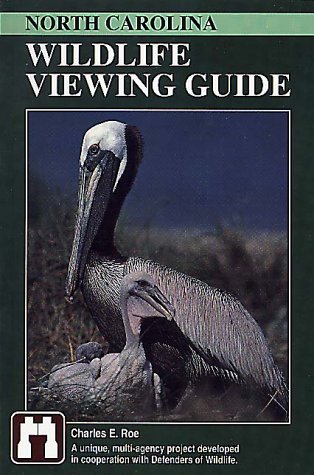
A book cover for North Carolina Wildlife Viewing Guide (Wildlife Viewing Guides Series); Charles E. Roe; Travel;